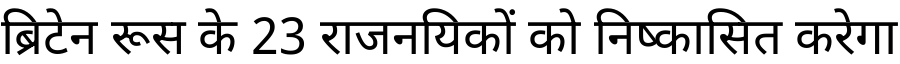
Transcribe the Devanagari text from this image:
ब्रिटेन रूस के 23 राजनयिकों को निष्कासित करेगा